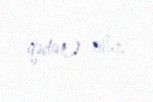
qədər) olur.